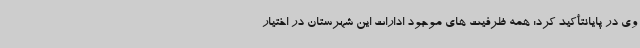
وی در پایانتأکید کرد: همه ظرفیت های موجود ادارات این شهرستان در اختیار